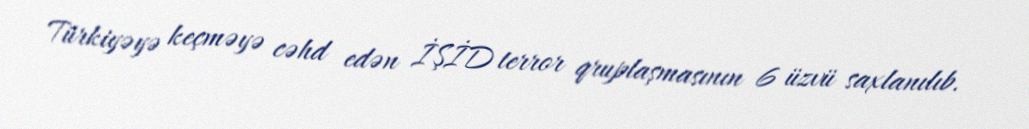
Türkiyəyə keçməyə cəhd edən İŞİD terror qruplaşmasının 6 üzvü saxlanılıb.